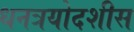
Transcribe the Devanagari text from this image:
धनत्रयोदशीस